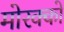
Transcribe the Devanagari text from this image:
मोरक्‍को